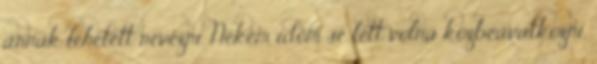
annak lehetett nevezni. Nekem időm se lett volna közbeavatkozni,